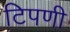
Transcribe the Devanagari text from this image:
टिपणी